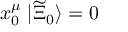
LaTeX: x _ { 0 } ^ { \mu } \; | \widetilde { \Xi } _ { 0 } \rangle = 0 \,